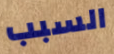
السبب